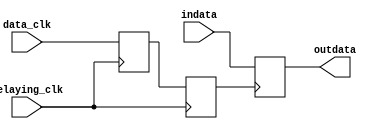
module hold_gen(indata,data_clk,delaying_clk,outdata);


parameter width = 8;
input [width-1:0] indata;
input data_clk;
input delaying_clk;
output [width-1:0] outdata;

wire [width-1:0] indata;
wire data_clk,delaying_clk;
wire [width-1:0] outdata;

(* buffer_type = "NONE" *) reg delayreg1,delayreg2;
(* buffer_type = "NONE" *) reg [width-1:0] datareg;

always @(posedge delaying_clk)
begin
	delayreg1 <= data_clk;
	delayreg2 <= delayreg1;
end

always @(posedge delayreg2)
begin
	datareg <= indata;
end

assign outdata[width-1:0] = datareg[width-1:0];

endmodule